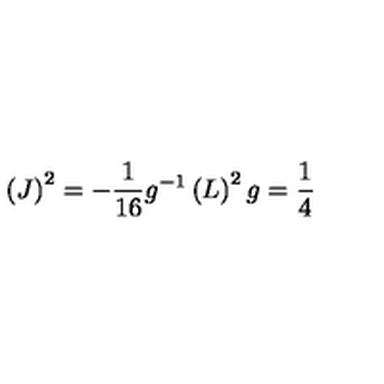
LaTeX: \left( J \right) ^ { 2 } = - \frac { 1 } { 1 6 } g ^ { - 1 } \left( L \right) ^ { 2 } g = \frac { 1 } { 4 }